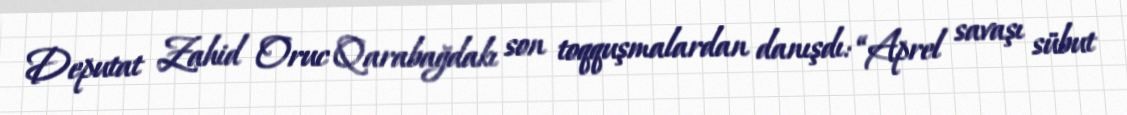
Deputat Zahid Oruc Qarabağdakı son toqquşmalardan danışdı: “Aprel savaşı sübut